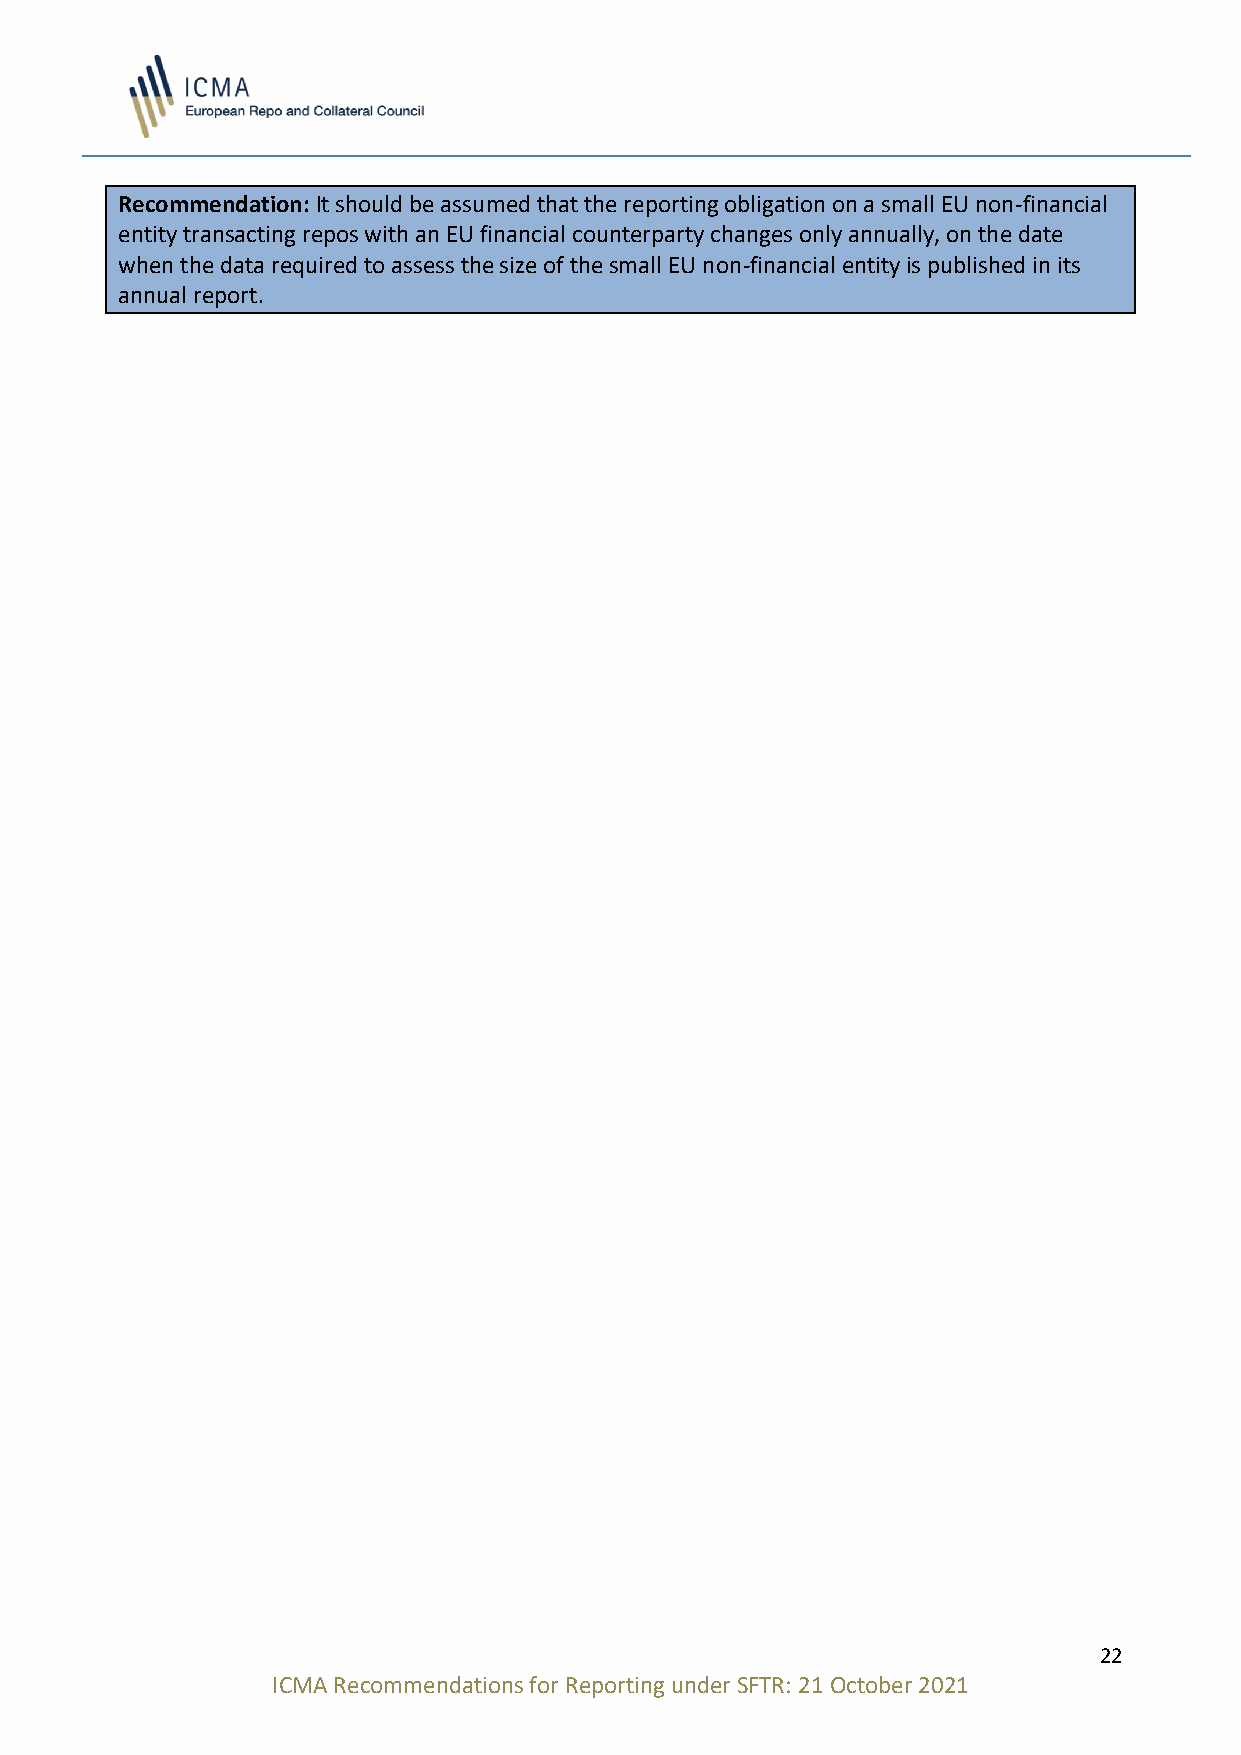
Recommendation: It should be assumed that the reporting obligation on a small EU non-financial
 entity transacting repos with an EU financial counterparty changes only annually, on the date
 when the data required to assess the size of the small EU non-financial entity is published in its
 annual report.
 22
 ICMA Recommendations for Reporting under SFTR: 21 October 2021